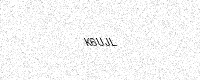
Text: K6UJL